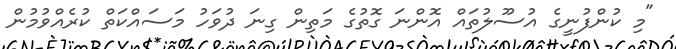
"މި ކުންފުނީގެ އުސޫލުތައް އޮންނަ ގޮތުގެ މަތިން ގިނަ ދުވަހު މަސައްކަތް ކުރެއްވުމުން